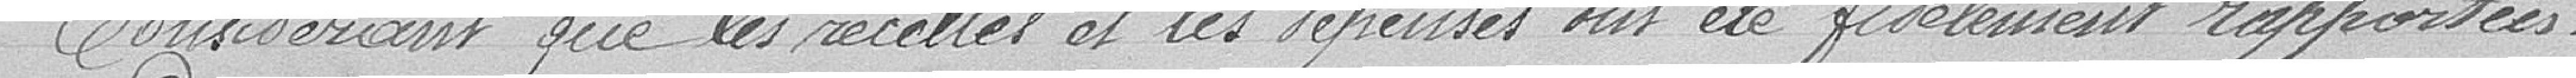
Considérant que les recettes et les dépenses ont été fidèlement rapportées.